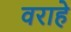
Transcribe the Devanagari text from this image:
वराहे